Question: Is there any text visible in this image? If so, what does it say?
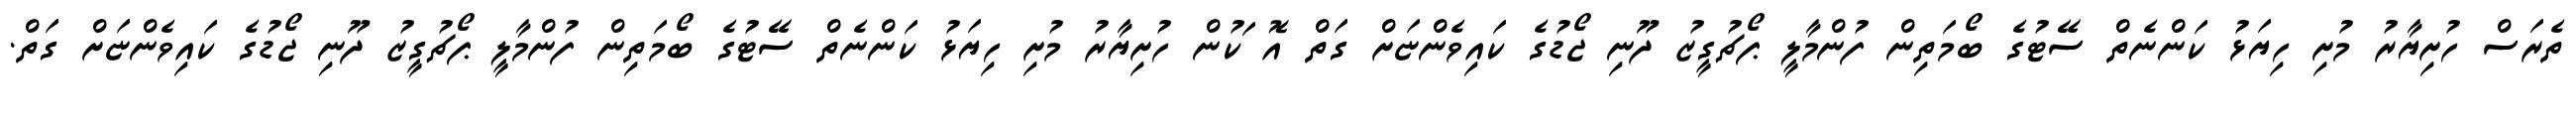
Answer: ތެރަސް ހުށިޔާރު މުށި ހިޔަޅު ކަންނެތް ސޭޓުގެ ބޯމަތިން ފުންމާލީ ޕޯޗުގީޒު ދޫނި ޖޯޑުގެ ކައިވެންޏަށް ގަތް އޮޱަކުން ހުށިޔާރު މުށި ހިޔަޅު ކަންނެތް ސޭޓުގެ ބޯމަތިން ފުންމާލީ ޕޯޗުގީޒު ދޫނި ޖޯޑުގެ ކައިވެންޏަށް ގަތް.